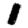
Digit: 1